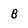
Character: B